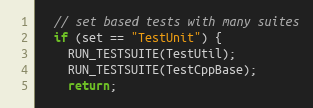
Language: C++
  // set based tests with many suites
  if (set == "TestUnit") {
    RUN_TESTSUITE(TestUtil);
    RUN_TESTSUITE(TestCppBase);
    return;